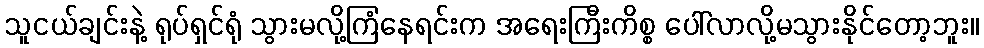
သူငယ်ချင်းနဲ့ ရုပ်ရှင်ရုံ သွားမလို့ကြံနေရင်းက အရေးကြီးကိစ္စ ပေါ်လာလို့မသွားနိုင်တော့ဘူး။